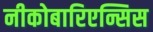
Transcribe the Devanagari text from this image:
नीकोबारिएन्सिस